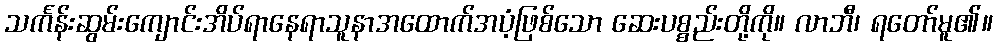
သင်္ကန်းဆွမ်းကျောင်းအိပ်ရာနေရာသူနာအထောက်အပံ့ဖြစ်သော ဆေးပစ္စည်းတို့ကို။ လာဘီ၊ ရတော်မူ၏။